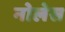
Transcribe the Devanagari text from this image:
नोलेस